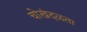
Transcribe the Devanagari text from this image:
चोखंदळता